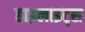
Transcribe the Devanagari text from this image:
हाइलाइट्स